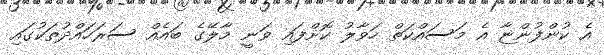
އެ ކުންފުންޏާ އެ މަސައްކަތް ހަވާލު ކޮށްފައި ވަނީ މާލޭގެ ބައެއް ސަރަހައްދުތަކުގައި